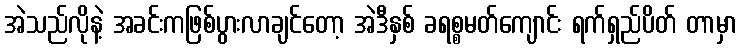
အဲသည်လိုနဲ့ အခင်းကဖြစ်ပွားလာချင်တော့ အဲဒီနှစ် ခရစ္စမတ်ကျောင်း ရက်ရှည်ပိတ် တာမှာ